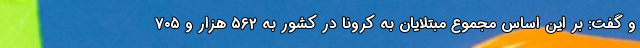
و گفت: بر این اساس مجموع مبتلایان به کرونا در کشور به ۵۶۲ هزار و ۷۰۵